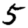
Digit: 5